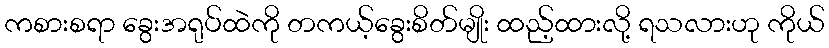
ကစားစရာ ခွေးအရုပ်ထဲကို တကယ့်ခွေးစိတ်မျိုး ထည့်ထားလို့ ရသလားဟု ကိုယ်